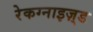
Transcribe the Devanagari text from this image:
रेकग्नाइज़्ड